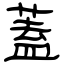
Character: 蓋